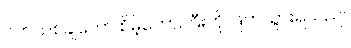
ဝက်သစ်ချတော စိမ့်တောကြီးကို ဖြတ်သွားရသည်။